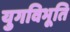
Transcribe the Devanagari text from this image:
युगविभूति